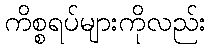
ကိစ္စရပ်များကိုလည်း